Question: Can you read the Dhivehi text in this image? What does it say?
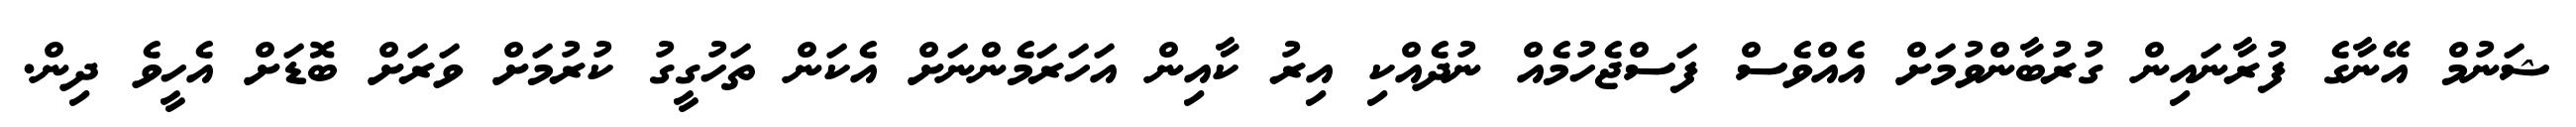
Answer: ޝަނުމް އޭނާގެ ފުރާނައިން ގުރުބާންވުމަށް އެއްވެސް ފަސްޖެހުމެއް ނުދެއްކި އިރު ކާއިން އަހަރަމެންނަށް އެކަން ތަހުގީގު ކުރުމަށް ވަރަށް ބޮޑަށް އެހީވެ ދިން.